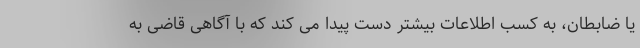
یا ضابطان، به کسب اطلاعات بیشتر دست پیدا می کند که با آگاهی قاضی به